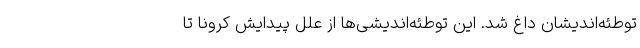
توطئه‌اندیشان داغ شد. این توطئه‌اندیشی‌ها از علل پیدایش کرونا تا